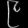
Digit: ၉